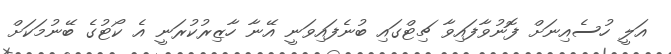
އަލީ ހުސެއިނަށް ފޮނުވާފައިވާ ޗިޓްގައި ބުނެފައިވަނީ އޭނާ ހާޒިރުކުރަނީ އެ ކޯޓުގެ ބޭނުމަކަށް